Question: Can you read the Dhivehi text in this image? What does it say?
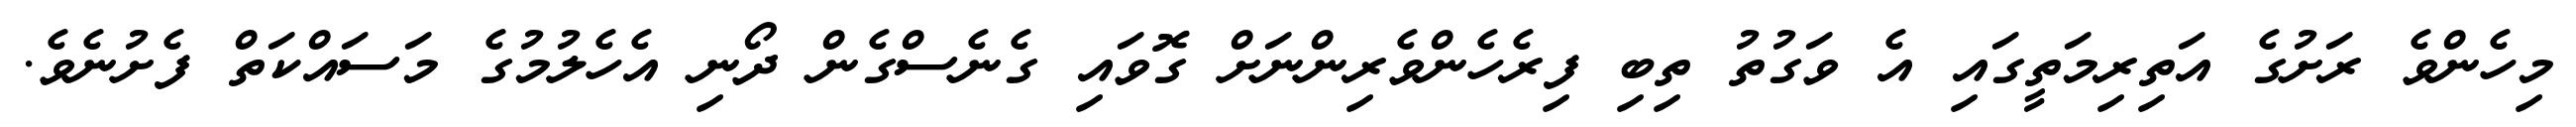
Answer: މިހެންވެ ރަށުގެ އަތިރިމަތީގައި އެ ވަގުތު ތިބި ފިރެހެންވެރިންނަށް ގޮވައި ގެނެސްގެން ދޯނި އެހެލުމުގެ މަސައްކަތް ފެށުނެވެ.